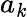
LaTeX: a_{\mathit{k}}